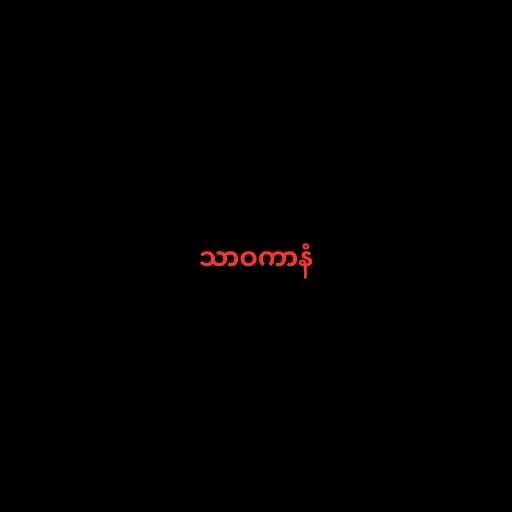
သာဝကာနံ